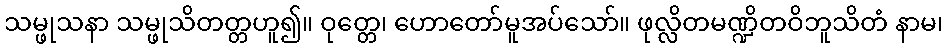
သမ္ဖုသနာ သမ္ဖုသိတတ္တဟူ၍။ ဝုတ္တေ၊ ဟောတော်မူအပ်သော်။ ဖုလ္လိတမဏ္ဍိတဝိဘူသိတံ နာမ၊